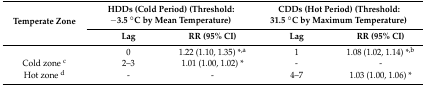
<table><thead><tr><td rowspan="2"><b>Temperate Zone</b></td><td colspan="2"><b>HDDs (Cold Period) (Threshold: −3.5 °C by Mean Temperature)</b></td><td colspan="2"><b>CDDs (Hot Period) (Threshold: 31.5 °C by Maximum Temperature)</b></td></tr><tr><td><b>Lag</b></td><td><b>RR (95% CI)</b></td><td><b>Lag</b></td><td><b>RR (95% CI)</b></td></tr></thead><tbody><tr><td></td><td>0</td><td>1.22 (1.10, 1.35) *<sup>,a</sup></td><td>1</td><td>1.08 (1.02, 1.14) *<sup>,b</sup></td></tr><tr><td>Cold zone <sup>c</sup></td><td>2–3</td><td>1.01 (1.00, 1.02) *</td><td>-</td><td>-</td></tr><tr><td>Hot zone <sup>d</sup></td><td>-</td><td>-</td><td>4–7</td><td>1.03 (1.00, 1.06) *</td></tr></tbody></table>